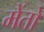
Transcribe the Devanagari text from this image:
मेंतो